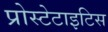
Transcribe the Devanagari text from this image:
प्रोस्टेटाइटिस